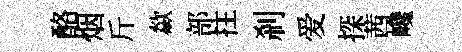
酪烟斤歘部拄剎爱探茜巉